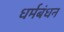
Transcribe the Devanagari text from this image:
धर्मबंधन